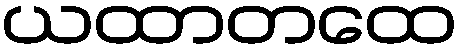
ယထာတထေ